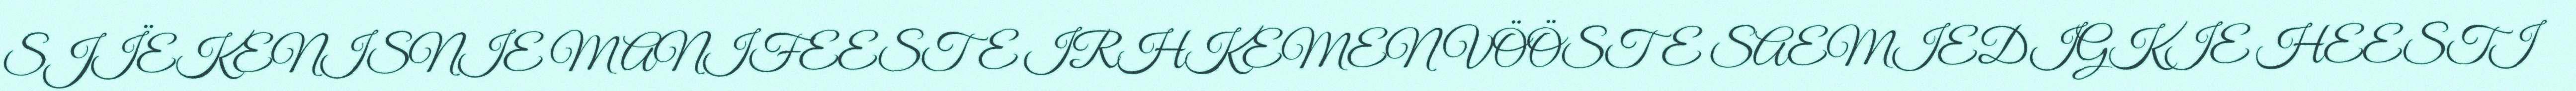
SJÏEKENISNIE MANIFEESTE IRHKEMEN VÖÖSTE SAEMIEDIGKIE HEESTI